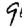
Digit: 9